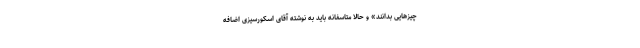
چیزهایی بدانند» و حالا متاسفانه باید به نوشته آقای اسکورسیزی اضافه